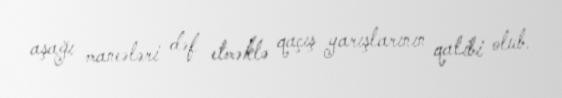
aşağı maneələri dəf etməklə qaçış yarışlarının qalibi olub.